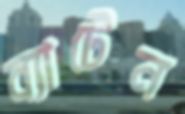
ব্যাটেন